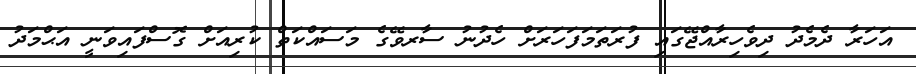
އަހަރާ ދެމެދު ދިވެހިރާއްޖޭގައި ފުރަތަމަފަހަރަށް ހެދުނު ސާރވޭގެ މަސައްކަތް ކުރިއަށް ގޮސްފައިވަނީ އަޙްމަދު